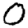
Digit: 0